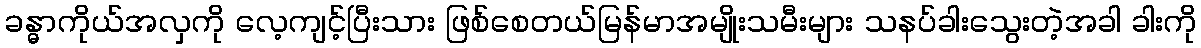
ခန္ဓာကိုယ်အလှကို လေ့ကျင့်ပြီးသား ဖြစ်စေတယ်မြန်မာအမျိုးသမီးများ သနပ်ခါးသွေးတဲ့အခါ ခါးကို